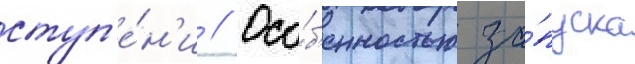
ступ'е́н'и // Осо́б'енностью за́пуска